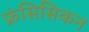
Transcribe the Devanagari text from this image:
फ्रंसिसिकन